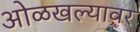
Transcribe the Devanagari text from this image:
ओळखल्यावर